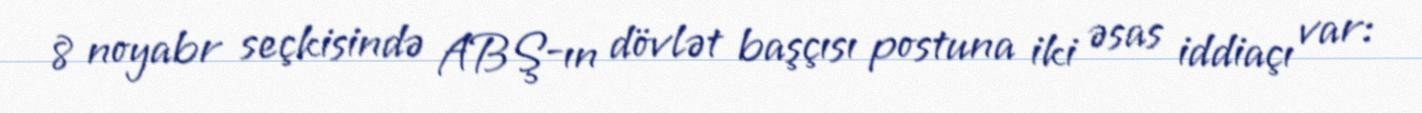
8 noyabr seçkisində ABŞ-ın dövlət başçısı postuna iki əsas iddiaçı var: